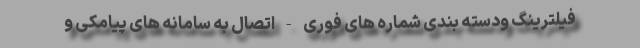
فیلترینگ ودسته بندی شماره های فوری - اتصال به سامانه های پیامکی و